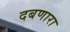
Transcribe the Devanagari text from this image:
दबणारा